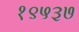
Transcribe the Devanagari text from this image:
१९५३७